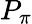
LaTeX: P_{\pi}